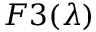
F 3 ( \lambda )